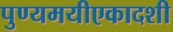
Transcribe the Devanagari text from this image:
पुण्यमयीएकादशी